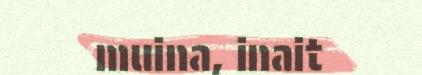
muina, inait